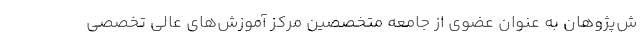
ش‌پژوهان به عنوان عضوی از جامعه متخصصین مرکز آموزش‌های عالی تخصصی